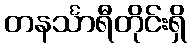
တနင်္သာရီတိုင်းရှိ